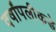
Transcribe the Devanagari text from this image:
वर्षांपलीकडे